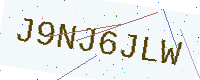
Text: J9NJ6JLW